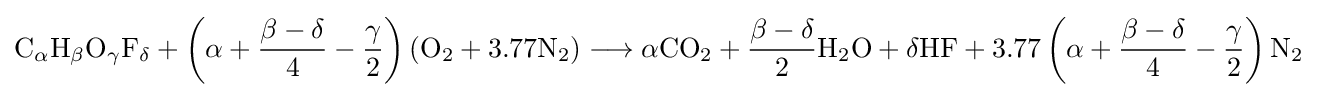
{\mathrm {C} {\vphantom {A}}_{\smash[{t}]{\mathit {\alpha }}}\mathrm {H} {\vphantom {A}}_{\smash[{t}]{\mathit {\beta }}}\mathrm {O} {\vphantom {A}}_{\smash[{t}]{\mathit {\gamma }}}\mathrm {F} {\vphantom {A}}_{\smash[{t}]{\mathit {\delta }}}}+\left(\alpha +{\frac {\beta -\delta }{4}}-{\frac {\gamma }{2}}\right)\left({\mathrm {O} {\vphantom {A}}_{\smash[{t}]{2}}}+3.77{\mathrm {N} {\vphantom {A}}_{\smash[{t}]{2}}}\right)\longrightarrow \alpha {\mathrm {CO} {\vphantom {A}}_{\smash[{t}]{2}}}+{\frac {\beta -\delta }{2}}{\mathrm {H} {\vphantom {A}}_{\smash[{t}]{2}}\mathrm {O} }+\delta {\mathrm {HF} }+3.77\left(\alpha +{\frac {\beta -\delta }{4}}-{\frac {\gamma }{2}}\right){\mathrm {N} {\vphantom {A}}_{\smash[{t}]{2}}}